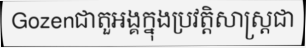
Gozenជាតួអង្គក្នុងប្រវត្តិសាស្ត្រជា